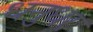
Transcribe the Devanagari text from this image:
धनुधर